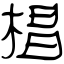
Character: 椙